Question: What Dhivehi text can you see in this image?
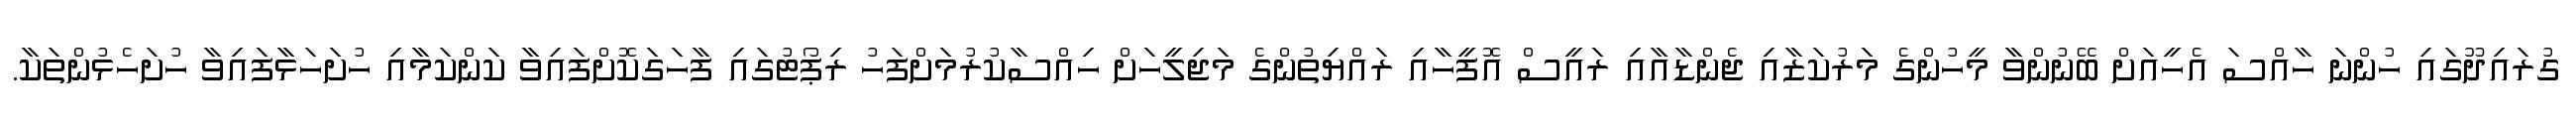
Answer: ގުރައިދޫގައި ހުންނަ ހާއްސަ އެހީއަށް ބޭނުންވާ މީހުންގެ މަރުކަޒާއި ޖެންޑާއާއި ރައީސް އޮފީހާއި ރައްޔިތުންގެ މަޖިލީހަށް ހިއްސާކުރުމަށްފަހު ރިޕޯޓުގައި ފާހަގަކޮށްފައިވާ ކަންކަމާއި ހުށަހަޅާފައިވާ ހުށަހެޅުންތަކާ.